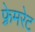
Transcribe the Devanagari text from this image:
फ़्रेमरेट